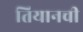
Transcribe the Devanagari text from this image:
तियानची